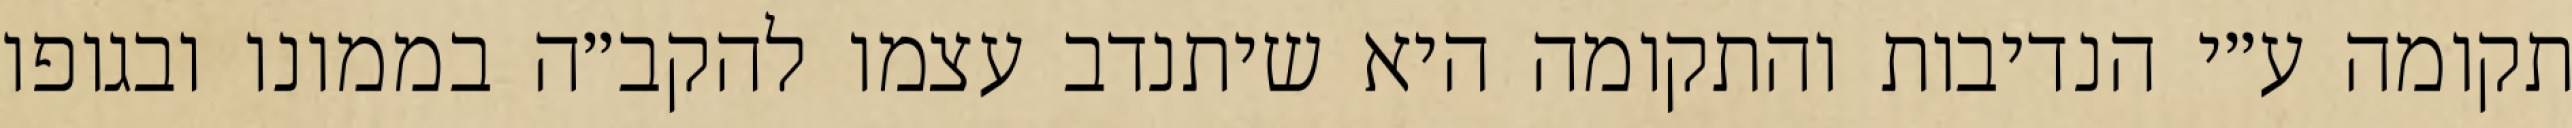
תקומה ע״י הנדיבות והתקומה היא שיתנדב עצמו להקב״ה בממונו ובגופו